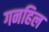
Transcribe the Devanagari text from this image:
गनहिल